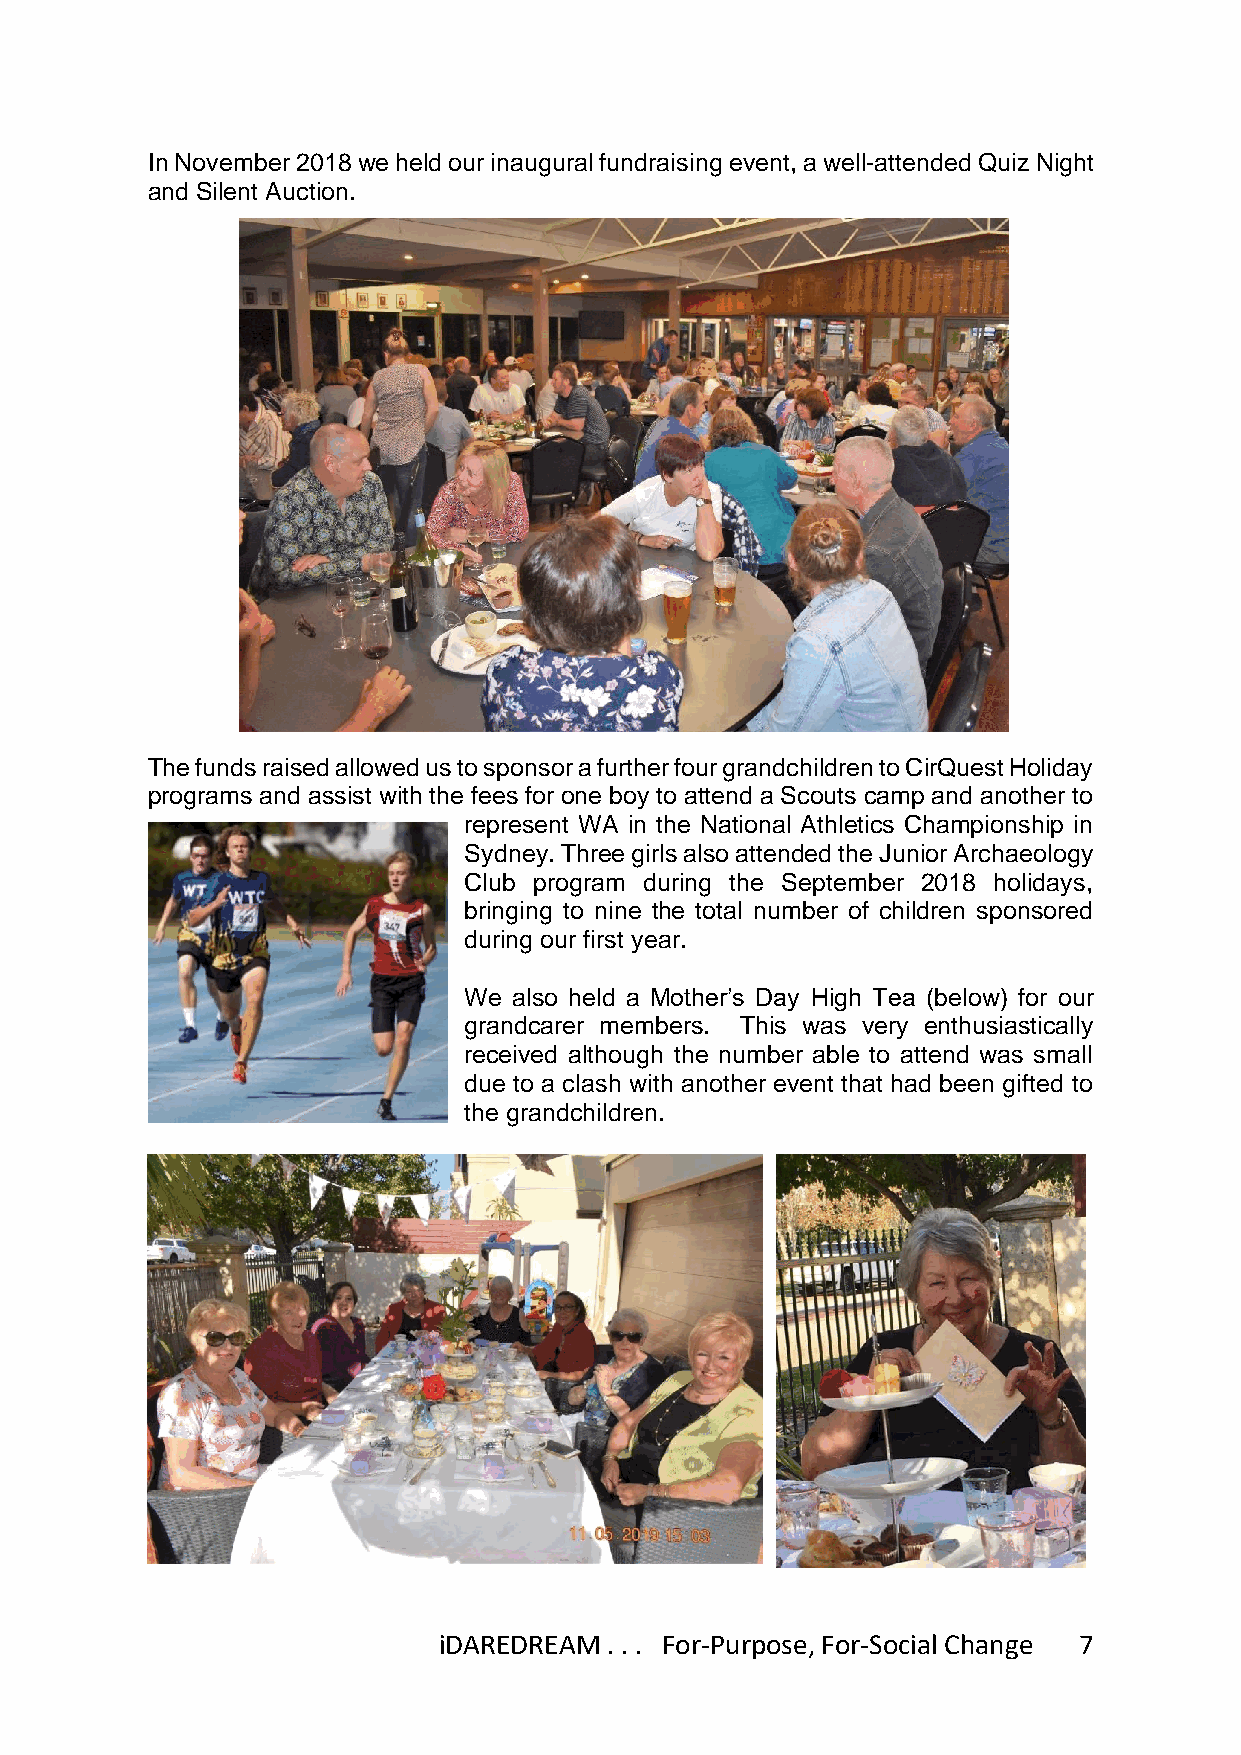
In November 2018 we held our inaugural fundraising event, a well-attended Quiz Night
 and Silent Auction.
 The funds raised allowed us to sponsor a further four grandchildren to CirQuest Holiday
 programs and assist with the fees for one boy to attend a Scouts camp and another to
 represent WA in the National Athletics Championship in
 Sydney. Three girls also attended the Junior Archaeology
 Club program during the September 2018 holidays,
 bringing to nine the total number of children sponsored
 during our first year.
 We also held a Mother’s Day High Tea (below) for our
 grandcarer members. This was very enthusiastically
 received although the number able to attend was small
 due to a clash with another event that had been gifted to
 the grandchildren.
 iDAREDREAM . . . For-Purpose, For-Social Change 7